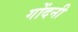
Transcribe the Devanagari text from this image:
गोंदनी